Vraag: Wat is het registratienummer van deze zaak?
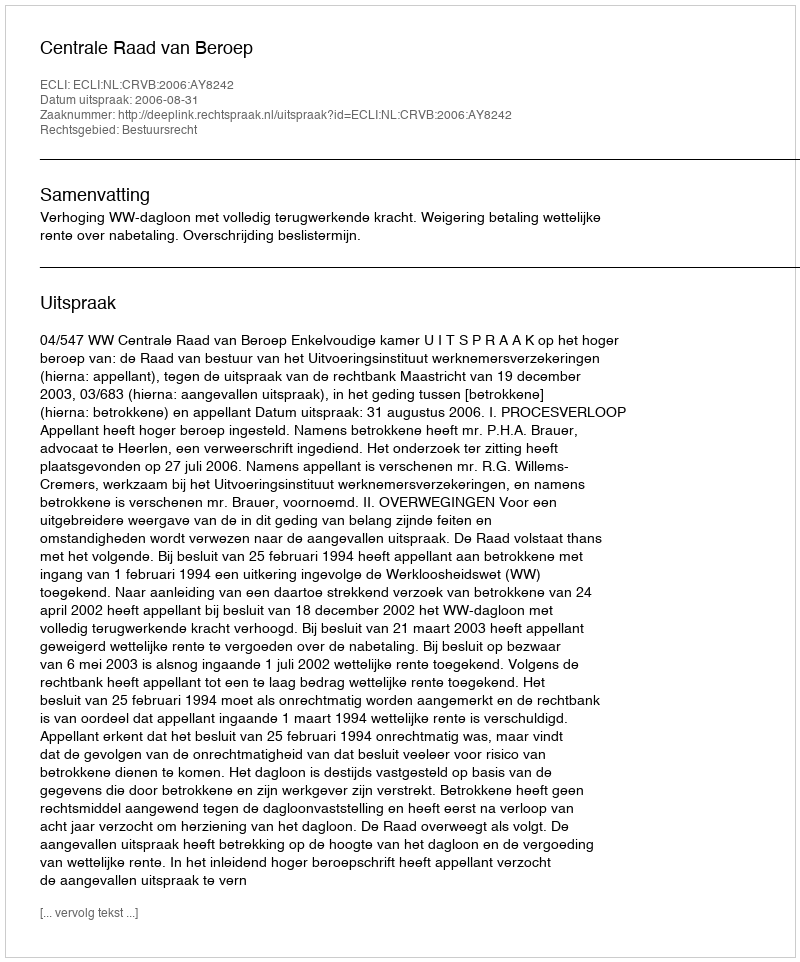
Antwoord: http://deeplink.rechtspraak.nl/uitspraak?id=ECLI:NL:CRVB:2006:AY8242